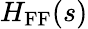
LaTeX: H_{\mathrm{FF}}(s)